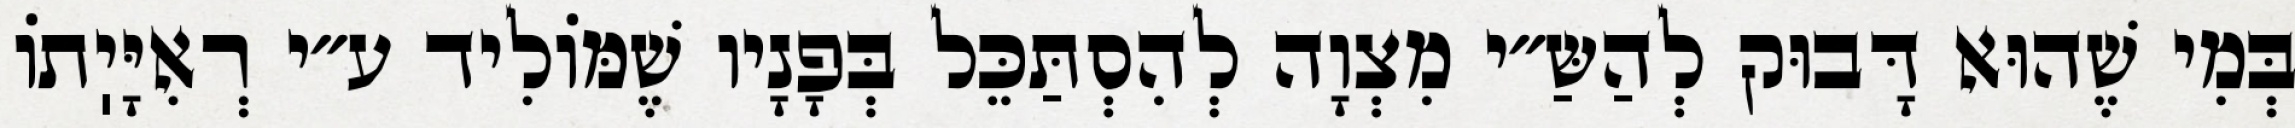
בְּמִי שֶׁהוּא דָּבוּק לְהַשַּ״י מִצְוָה לְהִסְתַּכֵּל בְּפָנָיו שֶׁמּוֹלִיד ע״י רְאִיָּיֽתוֹ